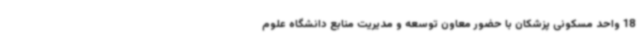
18 واحد مسکونی پزشکان با حضور معاون توسعه و مدیریت منابع دانشگاه علوم